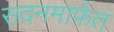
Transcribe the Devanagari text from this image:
सदनमार्फत